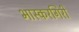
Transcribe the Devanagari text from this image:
भास्करगिरी